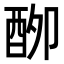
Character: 𮠣